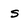
Character: s